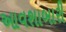
આવશાબારી